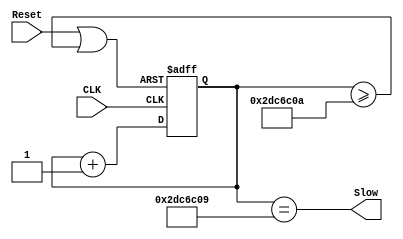
module clkDelay (
	input CLK,
	input Reset,
	output Slow);
	
	reg [27:0] C;
		
	wire resetmore;
		
	assign resetmore = Reset | ( C >= 48000010 );
	
	always @ (posedge CLK or posedge resetmore) begin
		if(resetmore)
			C = 0;
		else
			C = C + 1;
	end
	
	assign Slow = (C == 48000009);
	
		
endmodule